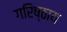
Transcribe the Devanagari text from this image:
गरिष्ठाय